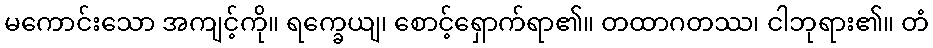
မကောင်းသော အကျင့်ကို။ ရက္ခေယျ၊ စောင့်ရှောက်ရာ၏။ တထာဂတဿ၊ ငါဘုရား၏။ တံ